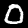
Label: 0